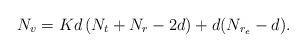
LaTeX: \begin{align*} N_v = Kd\left(N_t+N_r-2d\right)+d(N_{r_e}-d).\end{align*}